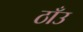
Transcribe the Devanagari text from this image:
ठाँउ